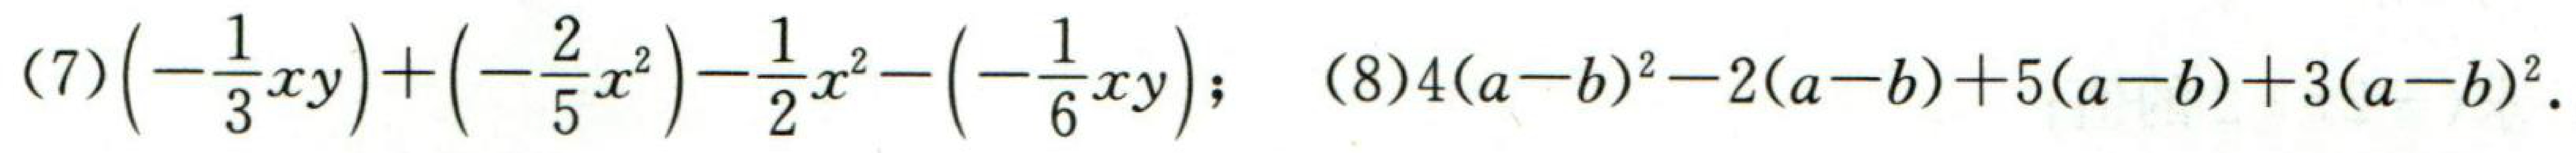
(7) \(\left(-\frac{1}{3}xy\right)+\left(-\frac{2}{5}x^{2}\right)-\frac{1}{2}x^{2}-\left(-\frac{1}{6}xy\right)\); (8) \(4(a - b)^{2}-2(a - b)+5(a - b)+3(a - b)^{2}\)